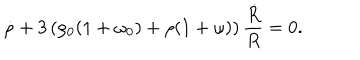
LaTeX: \dot { \rho } + 3 \left( \rho _ { 0 } ( 1 + \omega _ { 0 } ) + \rho ( 1 + \omega ) \right) \frac { \dot { R } } { R } = 0 .